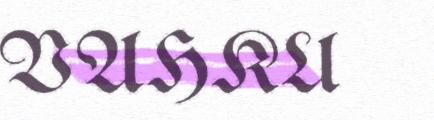
VAHKU